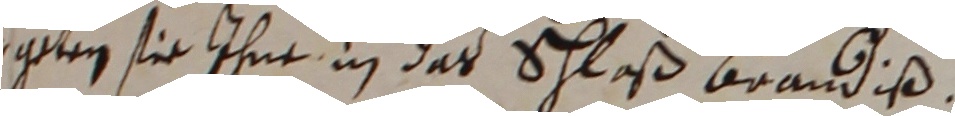
igten sie ihne in das schlaß brandiß.